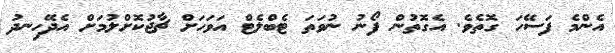
އެންމެ ފަސޭހަ ގޮތެވެ. އެގޮތުން ފޯނު ނުވަތަ ޓެބްލެޓް އަވަހަށް ޗާޖުކޮށްލުމަށް އެދޭހިނދު